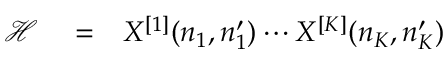
\begin{array} { r l r } { \mathcal { H } } & { { } = } & { X ^ { [ 1 ] } ( n _ { 1 } , n _ { 1 } ^ { \prime } ) \cdots X ^ { [ K ] } ( n _ { K } , n _ { K } ^ { \prime } ) } \end{array}